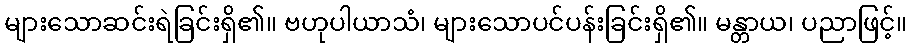
များသောဆင်းရဲခြင်းရှိ၏။ ဗဟုပါယာသံ၊ များသောပင်ပန်းခြင်းရှိ၏။ မန္တာယ၊ ပညာဖြင့်။